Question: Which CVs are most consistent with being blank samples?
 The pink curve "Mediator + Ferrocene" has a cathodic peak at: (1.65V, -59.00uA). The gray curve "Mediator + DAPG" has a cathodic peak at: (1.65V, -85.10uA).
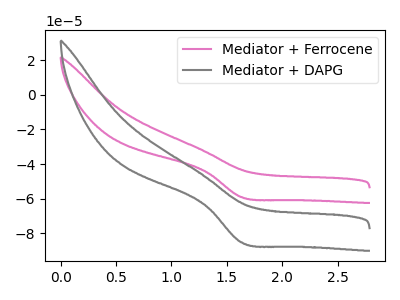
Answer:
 <answer>There are not any CV's on this graph that are likely to be blanks.</answer>
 <eval>none</eval>